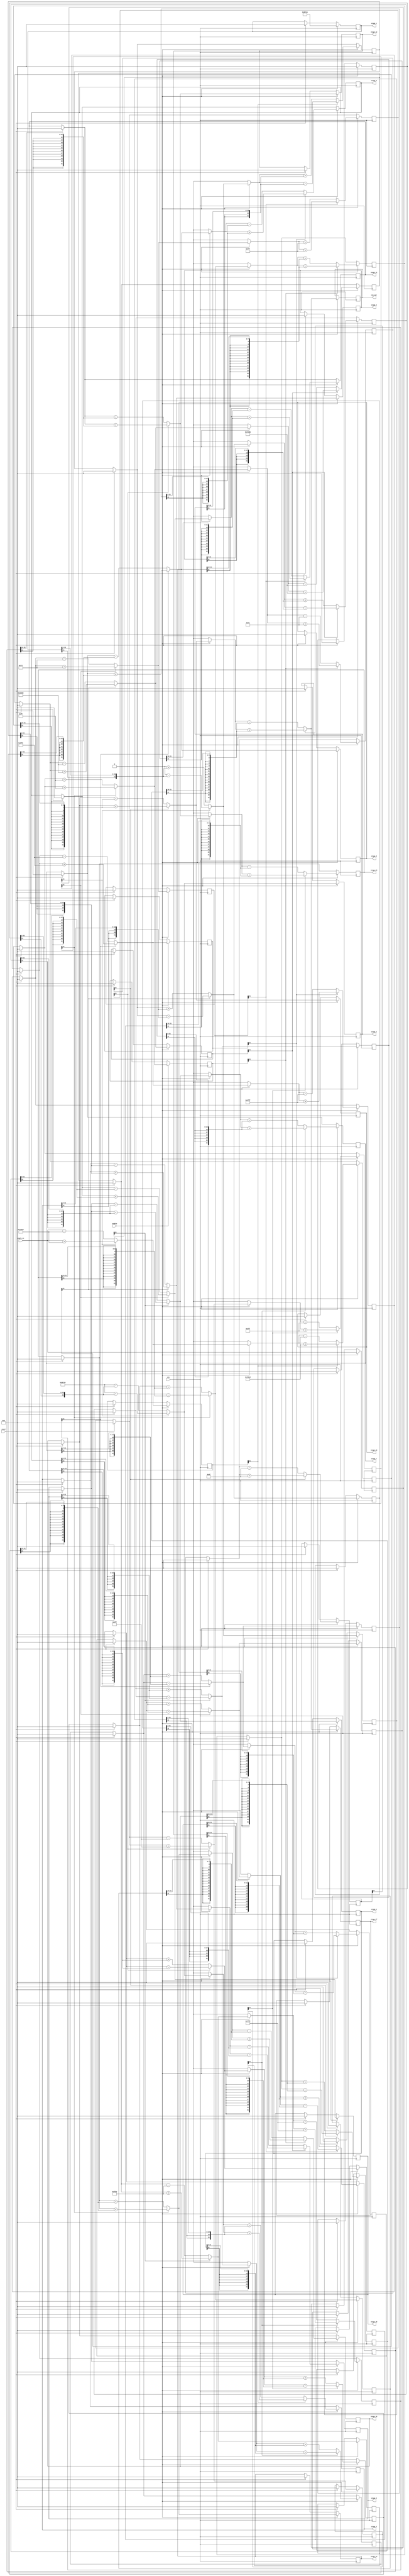
module Cordic_unrolled_two_pipeline(
    clk, // our clock signal
    enable, // enable our whole chip to start
    reset, // active high
    angle_in, // input
    cos_out, // output
    // for the testbench //
	 stage_1,
	 stage_2,
	 stage_3,
	 stage_4,
	 stage_5,
	 stage_6,
	 stage_7,
	 stage_8,
	 stage_9,
	 stage_10,
	 stage_11,
	 stage_12,
	 stage_13,
	 stage_14,
	 stage_15,
	 stage_16,
	 stage_17
	 // for the testbench - end //
    );

    input clk, enable, reset;

    input [21:0] angle_in;
    output reg signed [21:0] cos_out;

    // for the testbench //
	 output [21:0] stage_1, stage_2, stage_3, stage_4, stage_5, stage_6, stage_7, stage_8, stage_9, stage_10;
	 output [21:0] stage_11, stage_12, stage_13, stage_14, stage_15, stage_16, stage_17;
	 // for the testbench - end //

    integer a, b, c, d, e, f, g, h;

    reg signed [21:0] x_stage_1, y_stage_1, z_stage_1;

    reg signed [21:0] x_stage_2, x_stage_3, x_stage_4, x_stage_5, x_stage_6, x_stage_7, x_stage_8; 
    reg signed [21:0] x_stage_9, x_stage_10, x_stage_11, x_stage_12, x_stage_13, x_stage_14, x_stage_15, x_stage_16, x_stage_17;

    reg signed [21:0] y_stage_2, y_stage_3, y_stage_4, y_stage_5, y_stage_6, y_stage_7, y_stage_8; 
    reg signed [21:0] y_stage_9, y_stage_10, y_stage_11, y_stage_12, y_stage_13, y_stage_14, y_stage_15, y_stage_16, y_stage_17;

    reg signed [21:0] z_stage_2, z_stage_3, z_stage_4, z_stage_5, z_stage_6, z_stage_7, z_stage_8; 
    reg signed [21:0] z_stage_9, z_stage_10, z_stage_11, z_stage_12, z_stage_13, z_stage_14, z_stage_15, z_stage_16, z_stage_17;

    // d_1, d_2, ... are the MSB (or the sign-bit) of each z_stage.
    wire d_1, d_2, d_3, d_4, d_5, d_6, d_7, d_8, d_9, d_10, d_11, d_12, d_13, d_14, d_15, d_16;

    // here was have some wire corresponding to arithmetic right shifts of resp. stage.
    wire [21:0] x_shifted_1, x_shifted_2, x_shifted_3, x_shifted_4, x_shifted_5, x_shifted_6, x_shifted_7, x_shifted_8;
    wire [21:0] x_shifted_9, x_shifted_10, x_shifted_11, x_shifted_12, x_shifted_13, x_shifted_14, x_shifted_15, x_shifted_16;

    wire [21:0] y_shifted_1, y_shifted_2, y_shifted_3, y_shifted_4, y_shifted_5, y_shifted_6, y_shifted_7, y_shifted_8;
    wire [21:0] y_shifted_9, y_shifted_10, y_shifted_11, y_shifted_12, y_shifted_13, y_shifted_14, y_shifted_15, y_shifted_16;

    // assign the values for the shift wires.
    assign x_shifted_1 = x_stage_1 >>> 1;
    assign y_shifted_1 = y_stage_1 >>> 1;

    assign x_shifted_2 = x_stage_2 >>> 2;
    assign y_shifted_2 = y_stage_2 >>> 2;

    assign x_shifted_3 = x_stage_3 >>> 3;
    assign y_shifted_3 = y_stage_3 >>> 3;

    assign x_shifted_4 = x_stage_4 >>> 4;
    assign y_shifted_4 = y_stage_4 >>> 4;

    assign x_shifted_5 = x_stage_5 >>> 5;
    assign y_shifted_5 = y_stage_5 >>> 5;

    assign x_shifted_6 = x_stage_6 >>> 6;
    assign y_shifted_6 = y_stage_6 >>> 6;

    assign x_shifted_7 = x_stage_7 >>> 7;
    assign y_shifted_7 = y_stage_7 >>> 7;

    assign x_shifted_8 = x_stage_8 >>> 8;
    assign y_shifted_8 = y_stage_8 >>> 8;

    assign x_shifted_9 = x_stage_9 >>> 9;
    assign y_shifted_9 = y_stage_9 >>> 9;

    assign x_shifted_10 = x_stage_10 >>> 10;
    assign y_shifted_10 = y_stage_10 >>> 10;

    assign x_shifted_11 = x_stage_11 >>> 11;
    assign y_shifted_11 = y_stage_11 >>> 11;

    assign x_shifted_12 = x_stage_12 >>> 12;
    assign y_shifted_12 = y_stage_12 >>> 12;

    assign x_shifted_13 = x_stage_13 >>> 13;
    assign y_shifted_13 = y_stage_13 >>> 13;

    assign x_shifted_14 = x_stage_14 >>> 14;
    assign y_shifted_14 = y_stage_14 >>> 14;

    assign x_shifted_15 = x_stage_15 >>> 15;
    assign y_shifted_15 = y_stage_15 >>> 15;

    assign x_shifted_16 = x_stage_16 >>> 16;
    assign y_shifted_16 = y_stage_16 >>> 16;

    // assign the MSB of z_stage (the sign bit) to each d.
    assign d_1 = z_stage_1[21];
    assign d_2 = z_stage_2[21];
    assign d_3 = z_stage_3[21];
    assign d_4 = z_stage_4[21];
    assign d_5 = z_stage_5[21];
    assign d_6 = z_stage_6[21];
    assign d_7 = z_stage_7[21];
    assign d_8 = z_stage_8[21];
    assign d_9 = z_stage_9[21];
    assign d_10 = z_stage_10[21];
    assign d_11 = z_stage_11[21];
    assign d_12 = z_stage_12[21];
    assign d_13 = z_stage_13[21];
    assign d_14 = z_stage_14[21];
    assign d_15 = z_stage_15[21];
    assign d_16 = z_stage_16[21];

    

    // for the testbench //
	 assign stage_1 = x_stage_1;
	 assign stage_2 = x_stage_2;
	 assign stage_3 = x_stage_3;
	 assign stage_4 = x_stage_4;
	 assign stage_5 = x_stage_5;
	 assign stage_6 = x_stage_6;
	 assign stage_7 = x_stage_7;
	 assign stage_8 = x_stage_8;
	 assign stage_9 = x_stage_9;
	 assign stage_10 = x_stage_10;
	 assign stage_11 = x_stage_11;
	 assign stage_12 = x_stage_12;
	 assign stage_13 = x_stage_13;
	 assign stage_14 = x_stage_14;
	 assign stage_15 = x_stage_15;
	 assign stage_16 = x_stage_16;
	 assign stage_17 = x_stage_17;
	 // for the testbench - end //

    always @ (posedge clk) begin
        if (reset) begin
            x_stage_1 = 22'b0;
            y_stage_1 = 22'b0;
            z_stage_1 = 22'b0;

            x_stage_2 = 22'b0;
            y_stage_2 = 22'b0;
            z_stage_2 = 22'b0;

            x_stage_3 = 22'b0;
            y_stage_3 = 22'b0;
            z_stage_3 = 22'b0;

            x_stage_4 = 22'b0;
            y_stage_4 = 22'b0;
            z_stage_4 = 22'b0;

            x_stage_5 = 22'b0;
            y_stage_5 = 22'b0;
            z_stage_5 = 22'b0;

            x_stage_6 = 22'b0;
            y_stage_6 = 22'b0;
            z_stage_6 = 22'b0;

            x_stage_7 = 22'b0;
            y_stage_7 = 22'b0;
            z_stage_7 = 22'b0;

            x_stage_8 = 22'b0;
            y_stage_8 = 22'b0;
            z_stage_8 = 22'b0;

            x_stage_9 = 22'b0;
            y_stage_9 = 22'b0;
            z_stage_9 = 22'b0;

            x_stage_10 = 22'b0;
            y_stage_10 = 22'b0;
            z_stage_10 = 22'b0;

            x_stage_11 = 22'b0;
            y_stage_11 = 22'b0;
            z_stage_11 = 22'b0;

            x_stage_12 = 22'b0;
            y_stage_12 = 22'b0;
            z_stage_12 = 22'b0;

            x_stage_13 = 22'b0;
            y_stage_13 = 22'b0;
            z_stage_13 = 22'b0;

            x_stage_14 = 22'b0;
            y_stage_14 = 22'b0;
            z_stage_14 = 22'b0;

            x_stage_15 = 22'b0;
            y_stage_15 = 22'b0;
            z_stage_15 = 22'b0;

            x_stage_16 = 22'b0;
            y_stage_16 = 22'b0;
            z_stage_16 = 22'b0;

            x_stage_17 = 22'b0;
            y_stage_17 = 22'b0;
            z_stage_17 = 22'b0;
        end
        if (enable) begin
            x_stage_1 = 22'b10011011011101001110;
            y_stage_1 = 22'd0;
            z_stage_1 = angle_in;
            
            for (a = 0; a < 2; a = a + 1) begin
                if (d_16) begin
                    x_stage_17 = x_stage_16 + y_shifted_16;
                    y_stage_17 = y_stage_16 - x_shifted_16;
                    z_stage_17 = z_stage_16 + 22'h0001F;
                end
                else begin
                    x_stage_17 = x_stage_16 - y_shifted_16;
                    y_stage_17 = y_stage_16 + x_shifted_16;
                    z_stage_17 = z_stage_16 - 22'h0001F;
                end

                if (d_15) begin
                    x_stage_16 = x_stage_15 + y_shifted_15;
                    y_stage_16 = y_stage_15 - x_shifted_15;
                    z_stage_16 = z_stage_15 + 22'h0003F;
                end
                else begin
                    x_stage_16 = x_stage_15 - y_shifted_15;
                    y_stage_16 = y_stage_15 + x_shifted_15;
                    z_stage_16 = z_stage_15 - 22'h0003F;
                end 
            end

            for (b = 0; b < 2; b = b + 1) begin
                if (d_14) begin
                    x_stage_15 = x_stage_14 + y_shifted_14;
                    y_stage_15 = y_stage_14 - x_shifted_14;
                    z_stage_15 = z_stage_14 + 22'h0007F;
                end
                else begin
                    x_stage_15 = x_stage_14 - y_shifted_14;
                    y_stage_15 = y_stage_14 + x_shifted_14;
                    z_stage_15 = z_stage_14 - 22'h0007F;
                end

                if (d_13) begin
                    x_stage_14 = x_stage_13 + y_shifted_13;
                    y_stage_14 = y_stage_13 - x_shifted_13;
                    z_stage_14 = z_stage_13 + 22'h000FF;
                end
                else begin
                    x_stage_14 = x_stage_13 - y_shifted_13;
                    y_stage_14 = y_stage_13 + x_shifted_13;
                    z_stage_14 = z_stage_13 - 22'h000FF;
                end  
            end

            for (c = 0; c < 2; c = c + 1) begin
                if (d_12) begin
                    x_stage_13 = x_stage_12 + y_shifted_12;
                    y_stage_13 = y_stage_12 - x_shifted_12;
                    z_stage_13 = z_stage_12 + 22'h001FF;
                end
                else begin
                    x_stage_13 = x_stage_12 - y_shifted_12;
                    y_stage_13 = y_stage_12 + x_shifted_12;
                    z_stage_13 = z_stage_12 - 22'h001FF;
                end

                if (d_11) begin
                    x_stage_12 = x_stage_11 + y_shifted_11;
                    y_stage_12 = y_stage_11 - x_shifted_11;
                    z_stage_12 = z_stage_11 + 22'h003FF;
                end
                else begin
                    x_stage_12 = x_stage_11 - y_shifted_11;
                    y_stage_12 = y_stage_11 + x_shifted_11;
                    z_stage_12 = z_stage_11 - 22'h003FF;
                end
            end 

            for (d = 0; d < 2; d = d + 1) begin
                if (d_10) begin
                    x_stage_11 = x_stage_10 + y_shifted_10;
                    y_stage_11 = y_stage_10 - x_shifted_10;
                    z_stage_11 = z_stage_10 + 22'h007FF;
                end
                else begin
                    x_stage_11 = x_stage_10 - y_shifted_10;
                    y_stage_11 = y_stage_10 + x_shifted_10;
                    z_stage_11 = z_stage_10 - 22'h007FF;
                end

                if (d_9) begin
                    x_stage_10 = x_stage_9 + y_shifted_9;
                    y_stage_10 = y_stage_9 - x_shifted_9;
                    z_stage_10 = z_stage_9 + 22'h00FFF;
                end
                else begin
                    x_stage_10 = x_stage_9 - y_shifted_9;
                    y_stage_10 = y_stage_9 + x_shifted_9;
                    z_stage_10 = z_stage_9 - 22'h00FFF;
                end
            end 

            for (e = 0; e < 2; e = e + 1) begin
                if (d_8) begin
                    x_stage_9 = x_stage_8 + y_shifted_8;
                    y_stage_9 = y_stage_8 - x_shifted_8;
                    z_stage_9 = z_stage_8 + 22'h01FFF;
                end
                else begin
                    x_stage_9 = x_stage_8 - y_shifted_8;
                    y_stage_9 = y_stage_8 + x_shifted_8;
                    z_stage_9 = z_stage_8 - 22'h01FFF;
                end

                if (d_7) begin
                    x_stage_8 = x_stage_7 + y_shifted_7;
                    y_stage_8 = y_stage_7 - x_shifted_7;
                    z_stage_8 = z_stage_7 + 22'h03FFE;
                end
                else begin
                    x_stage_8 = x_stage_7 - y_shifted_7;
                    y_stage_8 = y_stage_7 + x_shifted_7;
                    z_stage_8 = z_stage_7 - 22'h03FFE;
                end
            end 

            for (f = 0; f < 2; f = f + 1) begin
                if (d_6) begin
                    x_stage_7 = x_stage_6 + y_shifted_6;
                    y_stage_7 = y_stage_6 - x_shifted_6;
                    z_stage_7 = z_stage_6 + 22'h07FF5;
                end
                else begin
                    x_stage_7 = x_stage_6 - y_shifted_6;
                    y_stage_7 = y_stage_6 + x_shifted_6;
                    z_stage_7 = z_stage_6 - 22'h07FF5;
                end

                if (d_5) begin
                    x_stage_6 = x_stage_5 + y_shifted_5;
                    y_stage_6 = y_stage_5 - x_shifted_5;
                    z_stage_6 = z_stage_5 + 22'h0FFAA;
                end
                else begin
                    x_stage_6 = x_stage_5 - y_shifted_5;
                    y_stage_6 = y_stage_5 + x_shifted_5;
                    z_stage_6 = z_stage_5 - 22'h0FFAA;
                end
            end 

            for (g = 0; g < 2; g = g + 1) begin
                if (d_4) begin
                    x_stage_5 = x_stage_4 + y_shifted_4;
                    y_stage_5 = y_stage_4 - x_shifted_4;
                    z_stage_5 = z_stage_4 + 22'h1FD5B;
                end
                else begin
                    x_stage_5 = x_stage_4 - y_shifted_4;
                    y_stage_5 = y_stage_4 + x_shifted_4;
                    z_stage_5 = z_stage_4 - 22'h1FD5B;
                end

                if (d_3) begin
                    x_stage_4 = x_stage_3 + y_shifted_3;
                    y_stage_4 = y_stage_3 - x_shifted_3;
                    z_stage_4 = z_stage_3 + 22'h3EB6E;
                end
                else begin
                    x_stage_4 = x_stage_3 - y_shifted_3;
                    y_stage_4 = y_stage_3 + x_shifted_3;
                    z_stage_4 = z_stage_3 - 22'h3EB6E;
                end
            end 

            for (h = 0; h < 2; h = h + 1) begin
                if (d_2) begin
                    x_stage_3 = x_stage_2 + y_shifted_2;
                    y_stage_3 = y_stage_2 - x_shifted_2;
                    z_stage_3 = z_stage_2 + 22'h76B19;
                end
                else begin
                    x_stage_3 = x_stage_2 - y_shifted_2;
                    y_stage_3 = y_stage_2 + x_shifted_2;
                    z_stage_3 = z_stage_2 - 22'h76B19;
                end

                if (d_1) begin
                    x_stage_2 = x_stage_1 + y_shifted_1;
                    y_stage_2 = y_stage_1 - x_shifted_1;
                    z_stage_2 = z_stage_1 + 22'hC90FD;
                end
                else begin
                    x_stage_2 = x_stage_1 - y_shifted_1;
                    y_stage_2 = y_stage_1 + x_shifted_1;
                    z_stage_2 = z_stage_1 - 22'hC90FD;
                end             
            end
            cos_out = x_stage_17;
        end
    end
endmodule